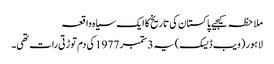
ملاحظہ کیجیے پاکستان کی تاریخ کا ایک سیاہ واقعہ
لاہور (ویب ڈیسک)یہ 3ستمبر 1977کی دم توڑتی رات تھی۔